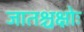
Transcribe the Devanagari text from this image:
जातश्चक्षोः